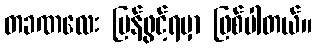
တခဏလေး ပြန်ဖွင့်ရမှာ ဖြစ်ပါတယ်။